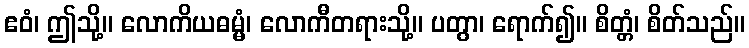
ဧဝံ၊ ဤသို့။ လောကိယဓမ္မံ၊ လောကီတရားသို့။ ပတွာ၊ ရောက်၍။ စိတ္တံ၊ စိတ်သည်။